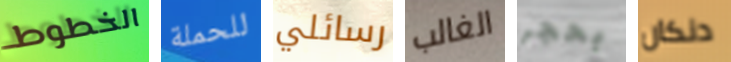
الخطوط للحملة رسائلي الغالب بحجر دنكان